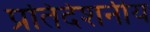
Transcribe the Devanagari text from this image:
प्रतिदेशनीय